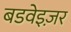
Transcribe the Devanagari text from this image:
बडवेइज़र